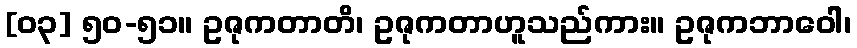
[၀၃] ၅၀-၅၁။ ဥဇုကတာတိ၊ ဥဇုကတာဟူသည်ကား။ ဥဇုကဘာဝေါ၊